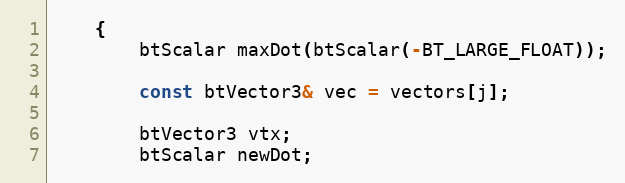
Language: C++
	{
		btScalar maxDot(btScalar(-BT_LARGE_FLOAT));

		const btVector3& vec = vectors[j];

		btVector3 vtx;
		btScalar newDot;